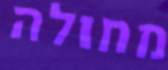
מחולה